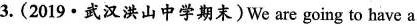
3.(2019·武汉洪山中学期末)We are going to have a